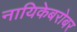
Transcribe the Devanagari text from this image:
नायिकेबरोबर